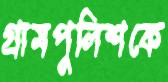
গ্রামপুলিশকে